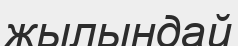
жылындай